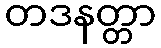
တဒနတ္တာ